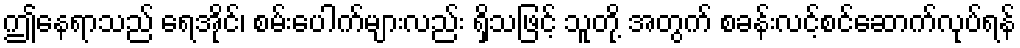
ဤနေရာသည် ရေအိုင်၊ စမ်းပေါက်များလည်း ရှိသဖြင့် သူတို့ အတွက် စခန်းလင့်စင်ဆောက်လုပ်ရန်